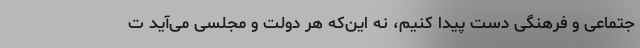
جتماعی و فرهنگی دست پیدا کنیم، نه این‌که هر دولت و مجلسی می‌آید ت